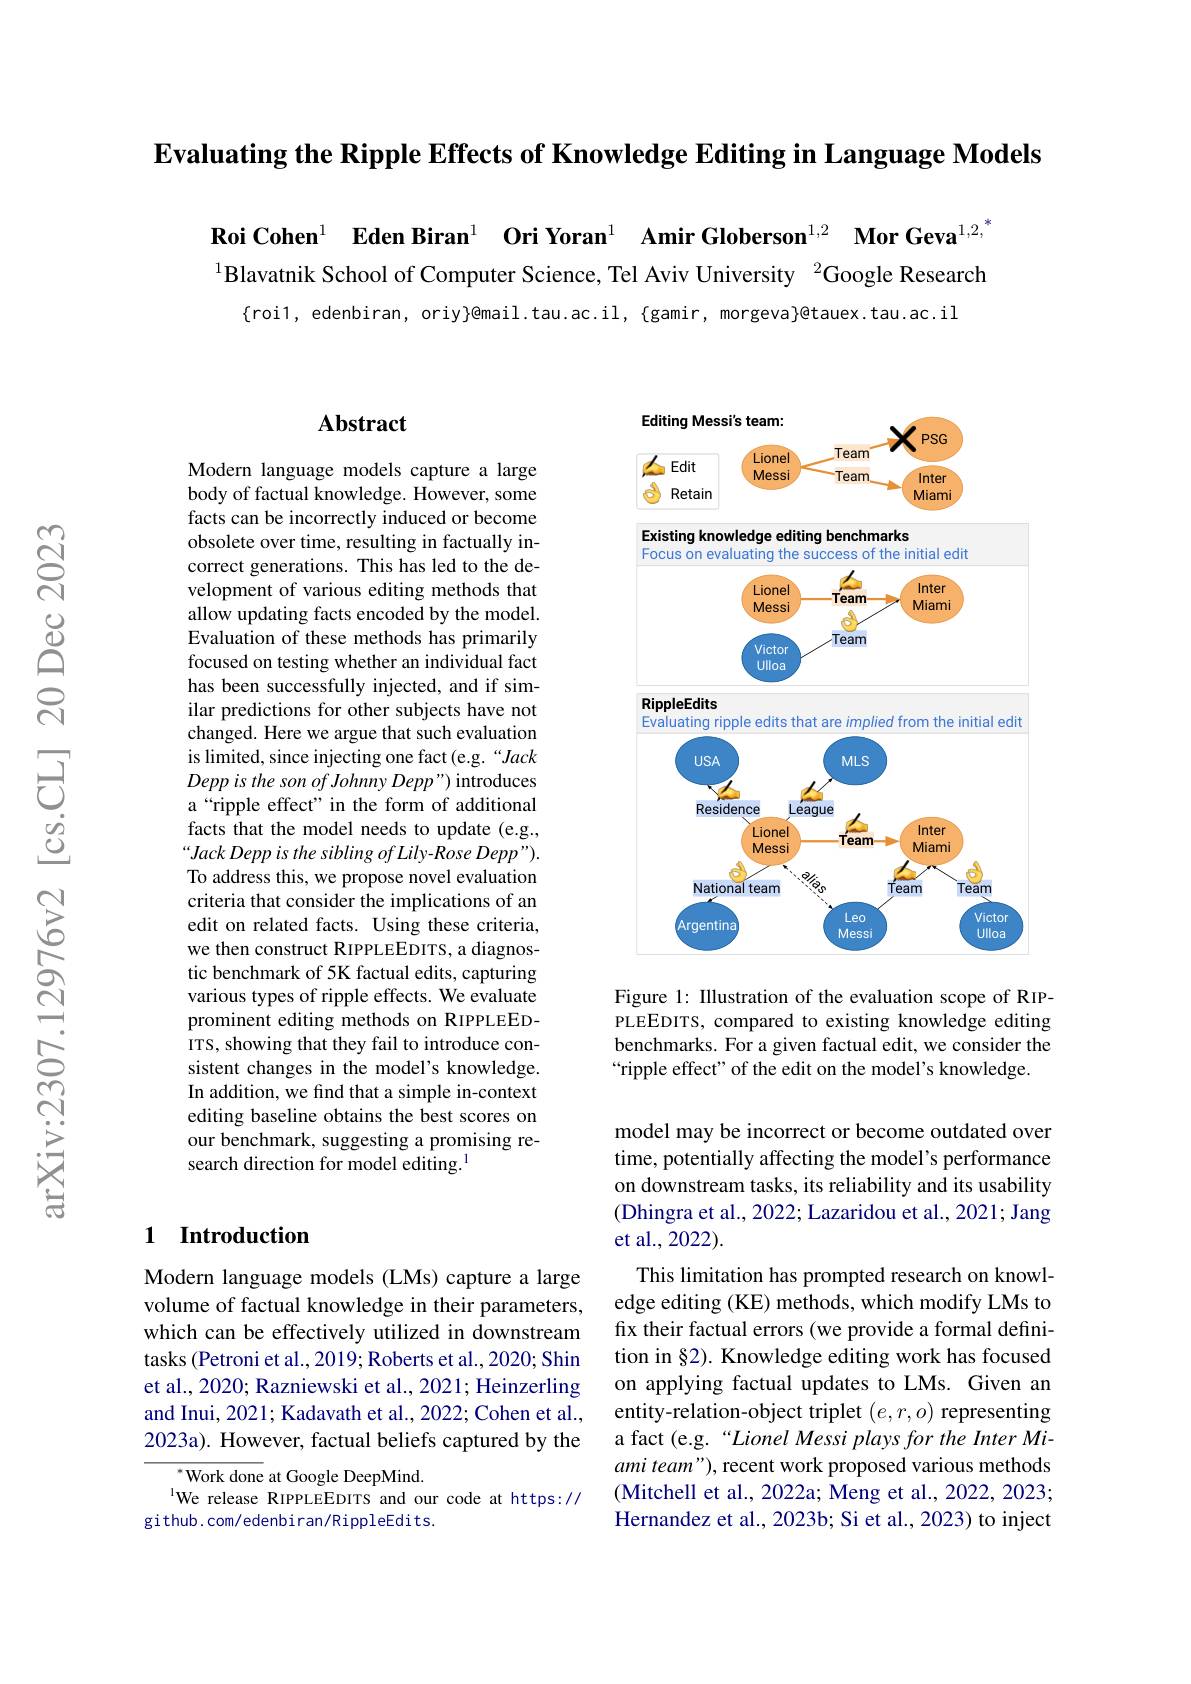
$\textbf{Evaluating the Ripple Effects of Knowledge Editing in Language Models}$

Roi Cohen$^{1}$ Eden Biran$^{1}$ Ori Yoran$^{1}$ Amir Globerson$^{1,2}\textbf{ Mor Geva}^{1,2}$

$^{1}$Blavatnik School of Computer Science, Tel Aviv University $^{2}$Google Research
$$\{$roi1, edenbiran, oriy}@$mail.tau.ac.il, \{gamir, morgeva\}@tauex.tau.ac.il

### $\mathbf{Abstract}$

Modern language models capture a large body of factual knowledge. However, some facts can be incorrectly induced or become obsolete over time, resulting in factually incorrect generations.This has led to the development of various editing methods that allow updating facts encoded by the model. Evaluation of these methods has primarily focused on testing whether an individual fact has been successfully injected, and if similar predictions for other subjects have not changed. Here we argue that such evaluation is limited, since injecting one fact (e.g.“Jack $DeppisthesonofJohnnyDepp")$ introduces a“ripple effect”in the form of additional facts that the model needs to update (e.g., “Jack Depp is the sibling of Lily-Rose Depp"). To address this, we propose novel evaluation criteria that consider the implications of an edit on related facts. Using these criteria, we then construct RIPPLEEDITS, a diagnostic benchmark of 5K factual edits, capturing various types of ripple effects. We evaluate prominent editing methods on RIPPLEEDITS, showing that they fail to introduce consistent changes in the model's knowledge. In addition, we find that a simple in-context editing baseline obtains the best scores on our benchmark, suggesting a promising research direction for model editing.$^{1}$

### 1 Introduction

Modern language models (LMs) capture a large volume of factual knowledge in their parameters, which can be effectively utilized in downstream tasks (Petroni et al., 2019; Roberts et al., 2020; Shin et al., 2020; Razniewski et al., 2021; Heinzerling and Inui, 2021; Kadavath et al., 2022; Cohen et al., 2023a). However, factual beliefs captured by the

${^{*}\text{Work done at Google DeepMind}.}$
$^{\mathrm{l}}$We release RIPPLEEDITS and our code at https://
github.com/edenbiran/RippleEdits.

<FigureHere>

Figure 1: Illustration of the evaluation scope of RIPPLEEDITS, compared to existing knowledge editing benchmarks. For a given factual edit, we consider the “ripple effect" of the edit on the model's knowledge.

model may be incorrect or become outdated over time, potentially affecting the model's performance on downstream tasks, its reliability and its usability (Dhingra et al., 2022; Lazaridou et al., 2021; Jang et al., 2022).

This limitation has prompted research on knowledge editing (KE) methods, which modify LMs to fix their factual errors (we provide a formal definition in §2). Knowledge editing work has focused on applying factual updates to LMs. Given an entity-relation-object triplet $(e,r,o)$ representing a fact (e.g.“Lionel Messi plays for the Inter Miami team"), recent work proposed various methods (Mitchell et al., 2022a; Meng et al., 2022, 2023; Hernandez et al., 2023b; Si et al., 2023) to inject